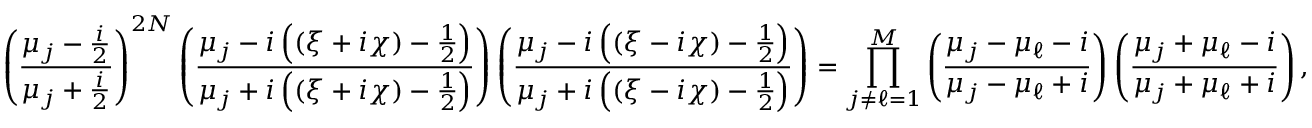
\left( \frac { \mu _ { j } - \frac { i } { 2 } } { \mu _ { j } + \frac { i } { 2 } } \right) ^ { 2 N } \left( \frac { \mu _ { j } - i \left( ( \xi + i \chi ) - \frac { 1 } { 2 } \right) } { \mu _ { j } + i \left( ( \xi + i \chi ) - \frac { 1 } { 2 } \right) } \right) \left( \frac { \mu _ { j } - i \left( ( \xi - i \chi ) - \frac { 1 } { 2 } \right) } { \mu _ { j } + i \left( ( \xi - i \chi ) - \frac { 1 } { 2 } \right) } \right) = \prod _ { j \neq \ell = 1 } ^ { M } \left( \frac { \mu _ { j } - \mu _ { \ell } - i } { \mu _ { j } - \mu _ { \ell } + i } \right) \left( \frac { \mu _ { j } + \mu _ { \ell } - i } { \mu _ { j } + \mu _ { \ell } + i } \right) ,